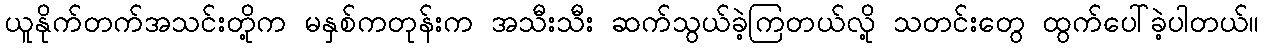
ယူနိုက်တက်အသင်းတို့က မနှစ်ကတုန်းက အသီးသီး ဆက်သွယ်ခဲ့ကြတယ်လို့ သတင်းတွေ ထွက်ပေါ်ခဲ့ပါတယ်။